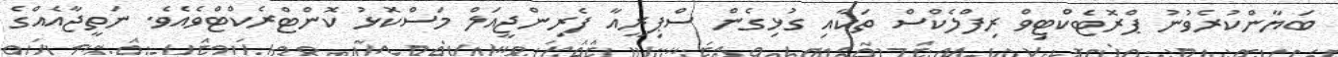
ބަޔާންކުރެވުނު ޕްރޮޓެކްޓިވް ރިފްލެކްސް ތަކާއި ގުޅިގެން ސްޕިރީއާ ފެރިންޖީއަލް މަސްކޮޅު ކޮންޓްރެކްޓްވެއެވެ. ނަތީޖާއެއްގެ